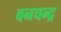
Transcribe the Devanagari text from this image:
वनचन्द्र